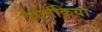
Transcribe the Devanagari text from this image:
वेधनक्रिया